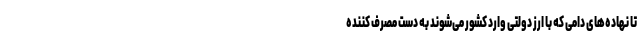
تا نهاده‌های دامی که با ارز دولتی وارد کشور می‌شوند به دست مصرف کننده